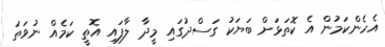
އެހެންކަމުން އެ ކޮތަޅަށް ބަޔަކު ގަސްދުގައި މީދާ ލާފައި އޮތީ ކަމެއް ނުވަތަ